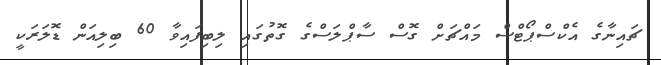
ޗައިނާގެ އެކްސްޕޯޓްސް މައްޗަށް ގޮސް ސާޕްލަސްގެ ގޮތުގައި ލިބިފައިވާ 60 ބިލިއަން ޑޮލަރަކީ